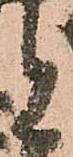
と